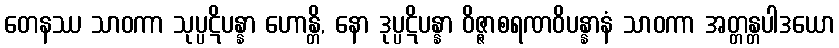
တေနဿ သာဝကာ သုပ္ပဋိပန္နာ ဟောန္တိ, နော ဒုပ္ပဋိပန္နာ ဝိဇ္ဇာစရဏဝိပန္နာနံ သာဝကာ အတ္တန္တပါဒယော